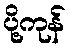
ပို့ကုန်